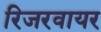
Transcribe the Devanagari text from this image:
रिजरवायर